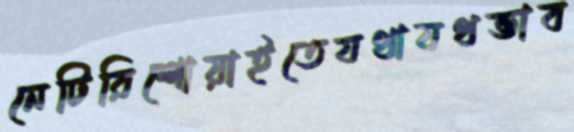
নেটিরিশোয়াইতেযথাযথভাব